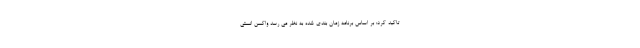
تاکید کرد: بر اساس برنامه زمان بندی شده به نظر می رسد واکسن انستی